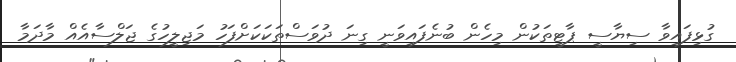
ގުޅިފައިވާ ސިޔާސީ ޕާޓީތަކުން މިހެން ބުނެފައިވަނީ ގިނަ ދުވަސްތަކަކަށްފަހު މަޖިލީހުގެ ޖަލްސާއެއް މާދަމާ